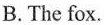
B. The fox.